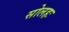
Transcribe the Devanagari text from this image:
सोलहः